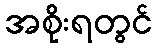
အစိုးရတွင်